Annual report of the Punjab Veterinary College and of the Civil Veterinary Department, Punjab - 1894-1908
Year: 1894
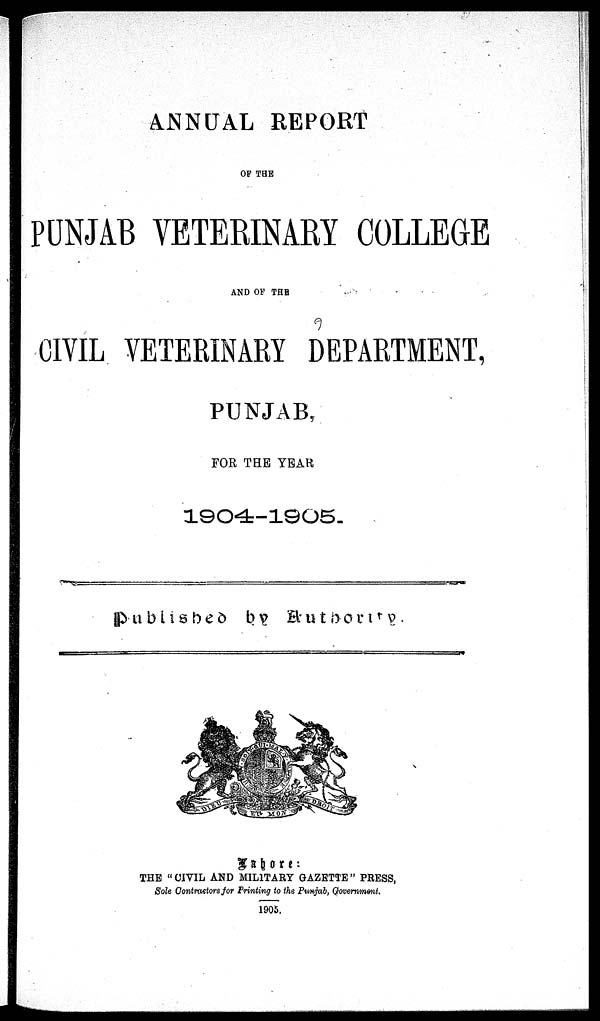
ANNUAL REPORT
OF THE
PUNJAB VETERINARY COLLEGE
AND OF THE
CIVIL VETERINARY DEPARTMENT,
PUNJAB,
FOR THE YEAR
Published by Authority.
Lahore:
THE "CIVIL AND MILITARY GAZETTE" PRESS,
Sole Contraetors for Printing to the Punjab, Government.
1905.